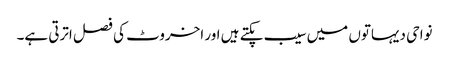
نواحی دیہاتوں میں سیب پکتے ہیں اور اخروٹ کی فصل اترتی ہے۔